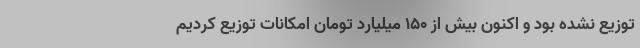
توزیع نشده بود و اکنون بیش از ۱۵۰ میلیارد تومان امکانات توزیع کردیم